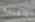
الميتة